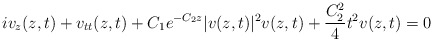
\begin{align*}iv_z(z,t)+ v_{tt}(z,t)+C_1e^{-C_2 z} |v(z,t)|^2v(z,t)+\frac{C_2^2}{4}t^2v(z,t)=0\end{align*}